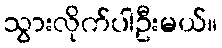
သွားလိုက်ပါဦးမယ်။